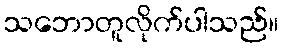
သဘောတူလိုက်ပါသည်။